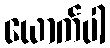
ယောက်ပါ